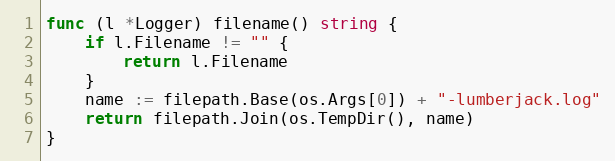
Language: Go
func (l *Logger) filename() string {
	if l.Filename != "" {
		return l.Filename
	}
	name := filepath.Base(os.Args[0]) + "-lumberjack.log"
	return filepath.Join(os.TempDir(), name)
}